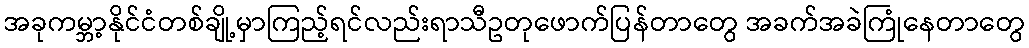
အခုကမ္ဘာ့နိုင်ငံတစ်ချို့မှာကြည့်ရင်လည်းရာသီဥတုဖောက်ပြန်တာတွေ အခက်အခဲကြုံနေတာတွေ